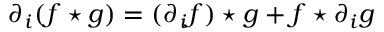
\partial _ { i } ( f \star g ) = ( \partial _ { i } f ) \star g + f \star \partial _ { i } g